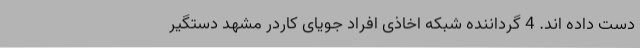
دست داده اند. 4 گرداننده شبکه اخاذی افراد جویای کاردر مشهد دستگیر